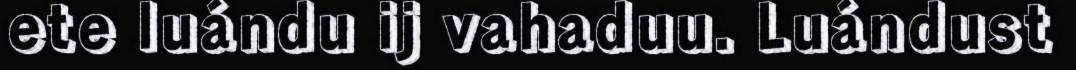
ete luándu ij vahaduu. Luándust